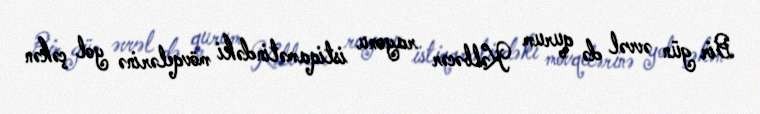
Bir gün əvvəl də qurum Kəlbəcər rayonu istiqamətindəki mövqelərinə yol çəkən